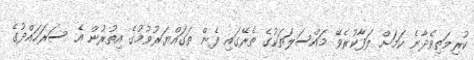
ކުރިމަތިވެދާނެ ކަމަށް ލަފާކުރެވޭ މައްސަލަތަކުގެ ތެރޭގައި ފެން ތަގައްޔަރުވުމުގެ އިތުރުން އެ ސަރަހައްދުގެ